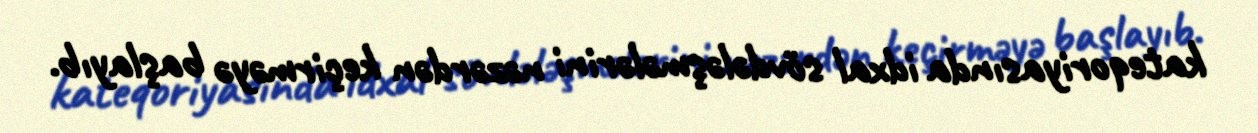
kateqoriyasında idxal sövdələşmələrini nəzərdən keçirməyə başlayıb.